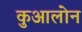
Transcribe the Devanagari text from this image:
कुआलोन